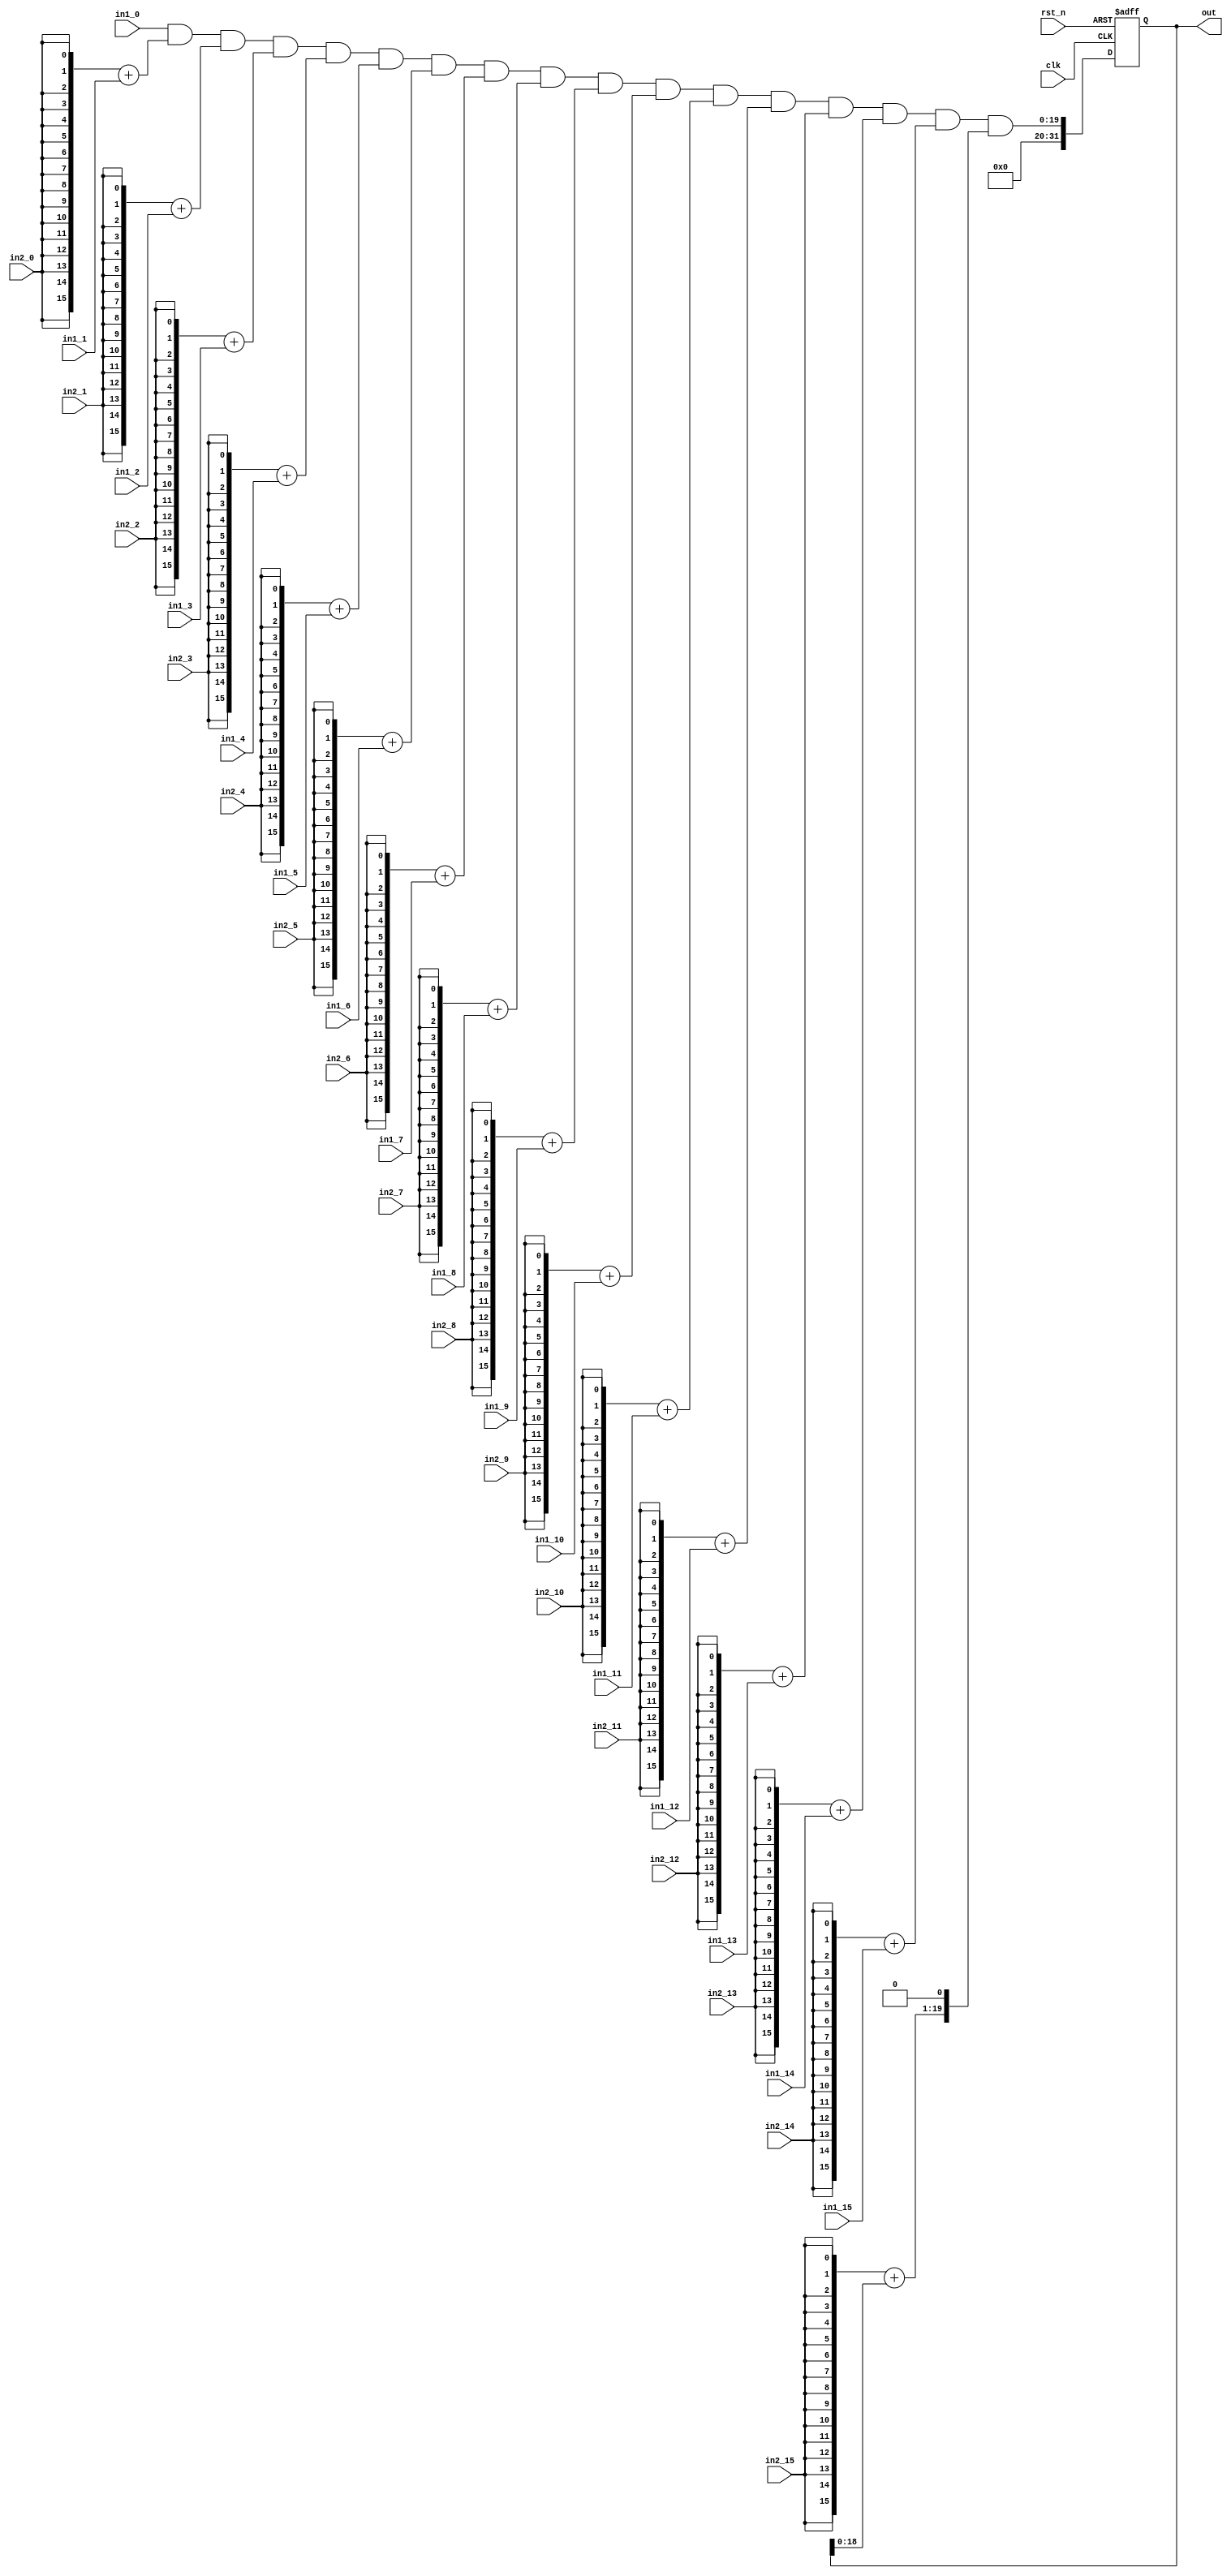
module b16_SIP (
  input clk,
  input rst_n, 
//in1, in2, 
  input [15:0] in1_0  ,
  input [15:0] in1_1  ,
  input [15:0] in1_2  ,
  input [15:0] in1_3  ,
  input [15:0] in1_4  ,
  input [15:0] in1_5  ,
  input [15:0] in1_6  ,
  input [15:0] in1_7  ,
  input [15:0] in1_8  ,
  input [15:0] in1_9  ,
  input [15:0] in1_10 ,
  input [15:0] in1_11 ,
  input [15:0] in1_12 ,
  input [15:0] in1_13 ,
  input [15:0] in1_14 ,
  input [15:0] in1_15 ,
//in1, in2, 
  input in2_0  ,
  input in2_1  ,
  input in2_2  ,
  input in2_3  ,
  input in2_4  ,
  input in2_5  ,
  input in2_6  ,
  input in2_7  ,
  input in2_8  ,
  input in2_9  ,
  input in2_10 ,
  input in2_11 ,
  input in2_12 ,
  input in2_13 ,
  input in2_14 ,
  input in2_15 ,
// output 
  output [31:0] out
);

wire [19:0] psum;
assign psum = in1_0 & {16{in2_0}}
            + in1_1 & {16{in2_1}}
            + in1_2 & {16{in2_2}}
            + in1_3 & {16{in2_3}}
            + in1_4 & {16{in2_4}}
            + in1_5 & {16{in2_5}}
            + in1_6 & {16{in2_6}}
            + in1_7 & {16{in2_7}}
            + in1_8 & {16{in2_8}}
            + in1_9 & {16{in2_9}}
            + in1_10 & {16{in2_10}}
            + in1_11 & {16{in2_11}}
            + in1_12 & {16{in2_12}}
            + in1_13 & {16{in2_13}}
            + in1_14 & {16{in2_14}}
            + in1_15 & {16{in2_15}}
            + out<<1 ;

reg [31:0] out;
always @ (posedge clk or negedge rst_n) begin
	if (rst_n == 1'b0) begin
		out		<= 32'b0;
	end else begin
		out		<= psum;
	end
end

endmodule